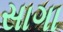
સાગા